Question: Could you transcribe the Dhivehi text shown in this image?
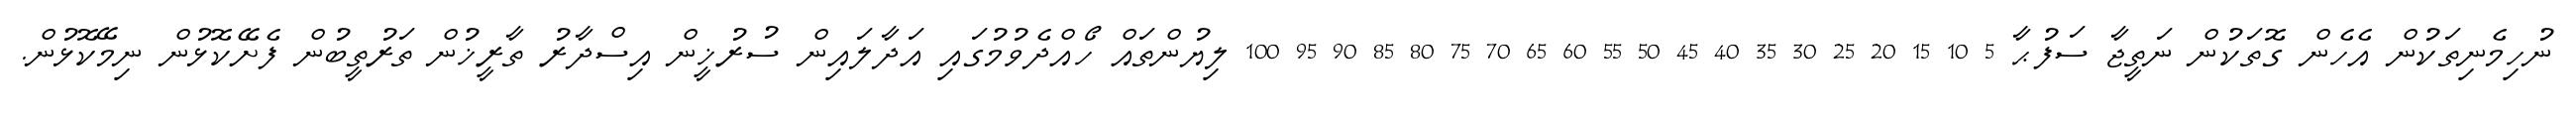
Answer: ނުހިމެނިތަކުން އެހެން ގޮތަކުން ނަތީޖާ ސަފުޙާ 5 10 15 20 25 30 35 40 45 50 55 60 65 70 75 80 85 90 95 100 ލިޔުންތައް ހޯއްދެވުމުގައި އަދާލައިން ސުރުޚީން އިސްދާރު ތާރީޚުން ތަރުތީބުން ފެށޭކޮޅުން ނިމޭކޮޅުން.